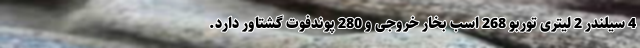
4 سیلندر 2 لیتری توربو 268 اسب بخار خروجی و 280 پوندفوت گشتاور دارد.